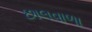
છાલવાળા